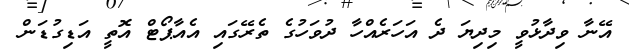
އޭނާ ވިދާޅުވީ މިދިޔަ ދެ އަހަރެއްހާ ދުވަހުގެ ތެރޭގައި އެއާޕޯޓް އޮތީ އަޑިގުޑަން